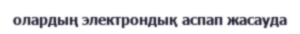
олардың электрондық аспап жасауда